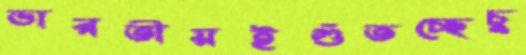
ভারতীয়ইগুঁতচ্ছেচু